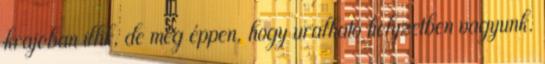
krajcban illik, de még éppen, hogy uralható helyzetben vagyunk.